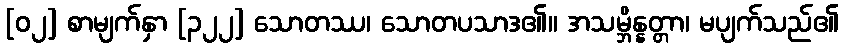
[၀၂] စာမျက်နှာ [၃၂၂] သောတဿ၊ သောတပသာဒ၏။ အသမ္ဘိန္နတ္တာ၊ မပျက်သည်၏